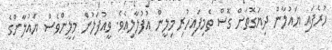
ހުރެފައި ޔައުލާން ދިޔަގޮތަށް ގޮސް ތެމިފައިހުރި މިލީން އުފުލާލިއެވެ. ވީއުފަލުން މިލީންވެސް ޔައުލާންގެ